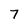
Character: 7